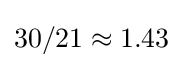
30/21\approx 1.43